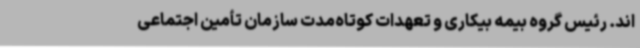
اند. رئیس گروه بیمه بیکاری و تعهدات کوتاه‌مدت سازمان تأمین اجتماعی